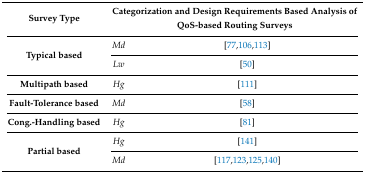
<table><thead><tr><td><b>Survey Type</b></td><td colspan="2"><b>Categorization and Design Requirements Based Analysis of QoS-based Routing Surveys</b></td></tr></thead><tbody><tr><td rowspan="2"><b>Typical based</b></td><td><i>Md</i></td><td>[77,106,113]</td></tr><tr><td><i>Lw</i></td><td>[50]</td></tr><tr><td><b>Multipath based</b></td><td><i>Hg</i></td><td>[111]</td></tr><tr><td><b>Fault-Tolerance based</b></td><td><i>Md</i></td><td>[58]</td></tr><tr><td><b>Cong.-Handling based</b></td><td><i>Hg</i></td><td>[81]</td></tr><tr><td rowspan="2"><b>Partial based</b></td><td><i>Hg</i></td><td>[141]</td></tr><tr><td><i>Md</i></td><td>[117,123,125,140]</td></tr></tbody></table>